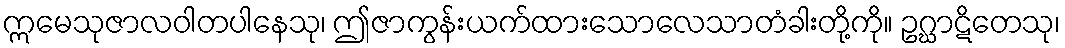
ဣမေသုဇာလဝါတပါနေသု၊ ဤဇာကွန်းယက်ထားသောလေသာတံခါးတို့ကို။ ဥဂ္ဃာဋိတေသု၊